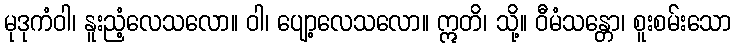
မုဒုကံဝါ၊ နူးညံ့လေသလော။ ဝါ၊ ပျော့လေသလော။ ဣတိ၊ သို့။ ဝီမံသန္တော၊ စူးစမ်းသော